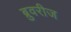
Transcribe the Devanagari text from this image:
ब्रुवरीज